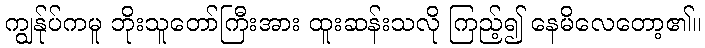
ကျွန်ုပ်ကမူ ဘိုးသူတော်ကြီးအား ထူးဆန်းသလို ကြည့်၍ နေမိလေတော့၏။